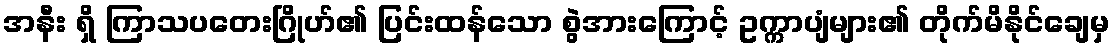
အနီး ရှိ ကြာသပတေးဂြိုဟ်၏ ပြင်းထန်သော စွဲအားကြောင့် ဥက္ကာပျံများ၏ တိုက်မိနိုင်ချေမှ